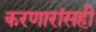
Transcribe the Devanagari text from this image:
करणारांसही